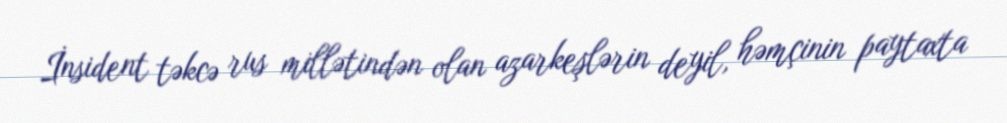
İnsident təkcə rus millətindən olan azarkeşlərin deyil, həmçinin paytaxta